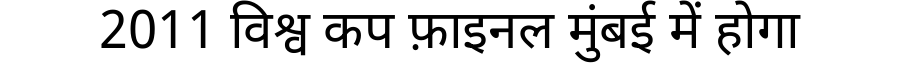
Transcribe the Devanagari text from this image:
2011 विश्व कप फ़ाइनल मुंबई में होगा